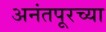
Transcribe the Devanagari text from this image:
अनंतपूरच्या